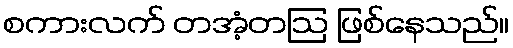
စကားလက် တအံ့တဩ ဖြစ်နေသည်။